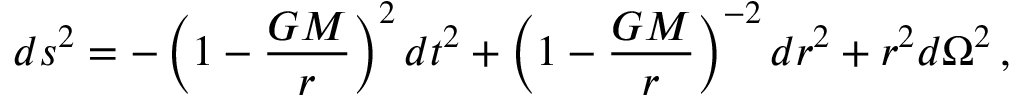
d s ^ { 2 } = - \left( 1 - \frac { G M } { r } \right) ^ { 2 } d t ^ { 2 } + \left( 1 - \frac { G M } { r } \right) ^ { - 2 } d r ^ { 2 } + r ^ { 2 } d \Omega ^ { 2 } \, ,